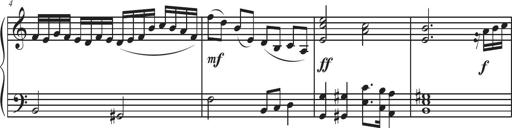
Title: Sonatina Espania
Composer: Jerald Franklin Archer
Key: Various